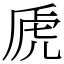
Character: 虒